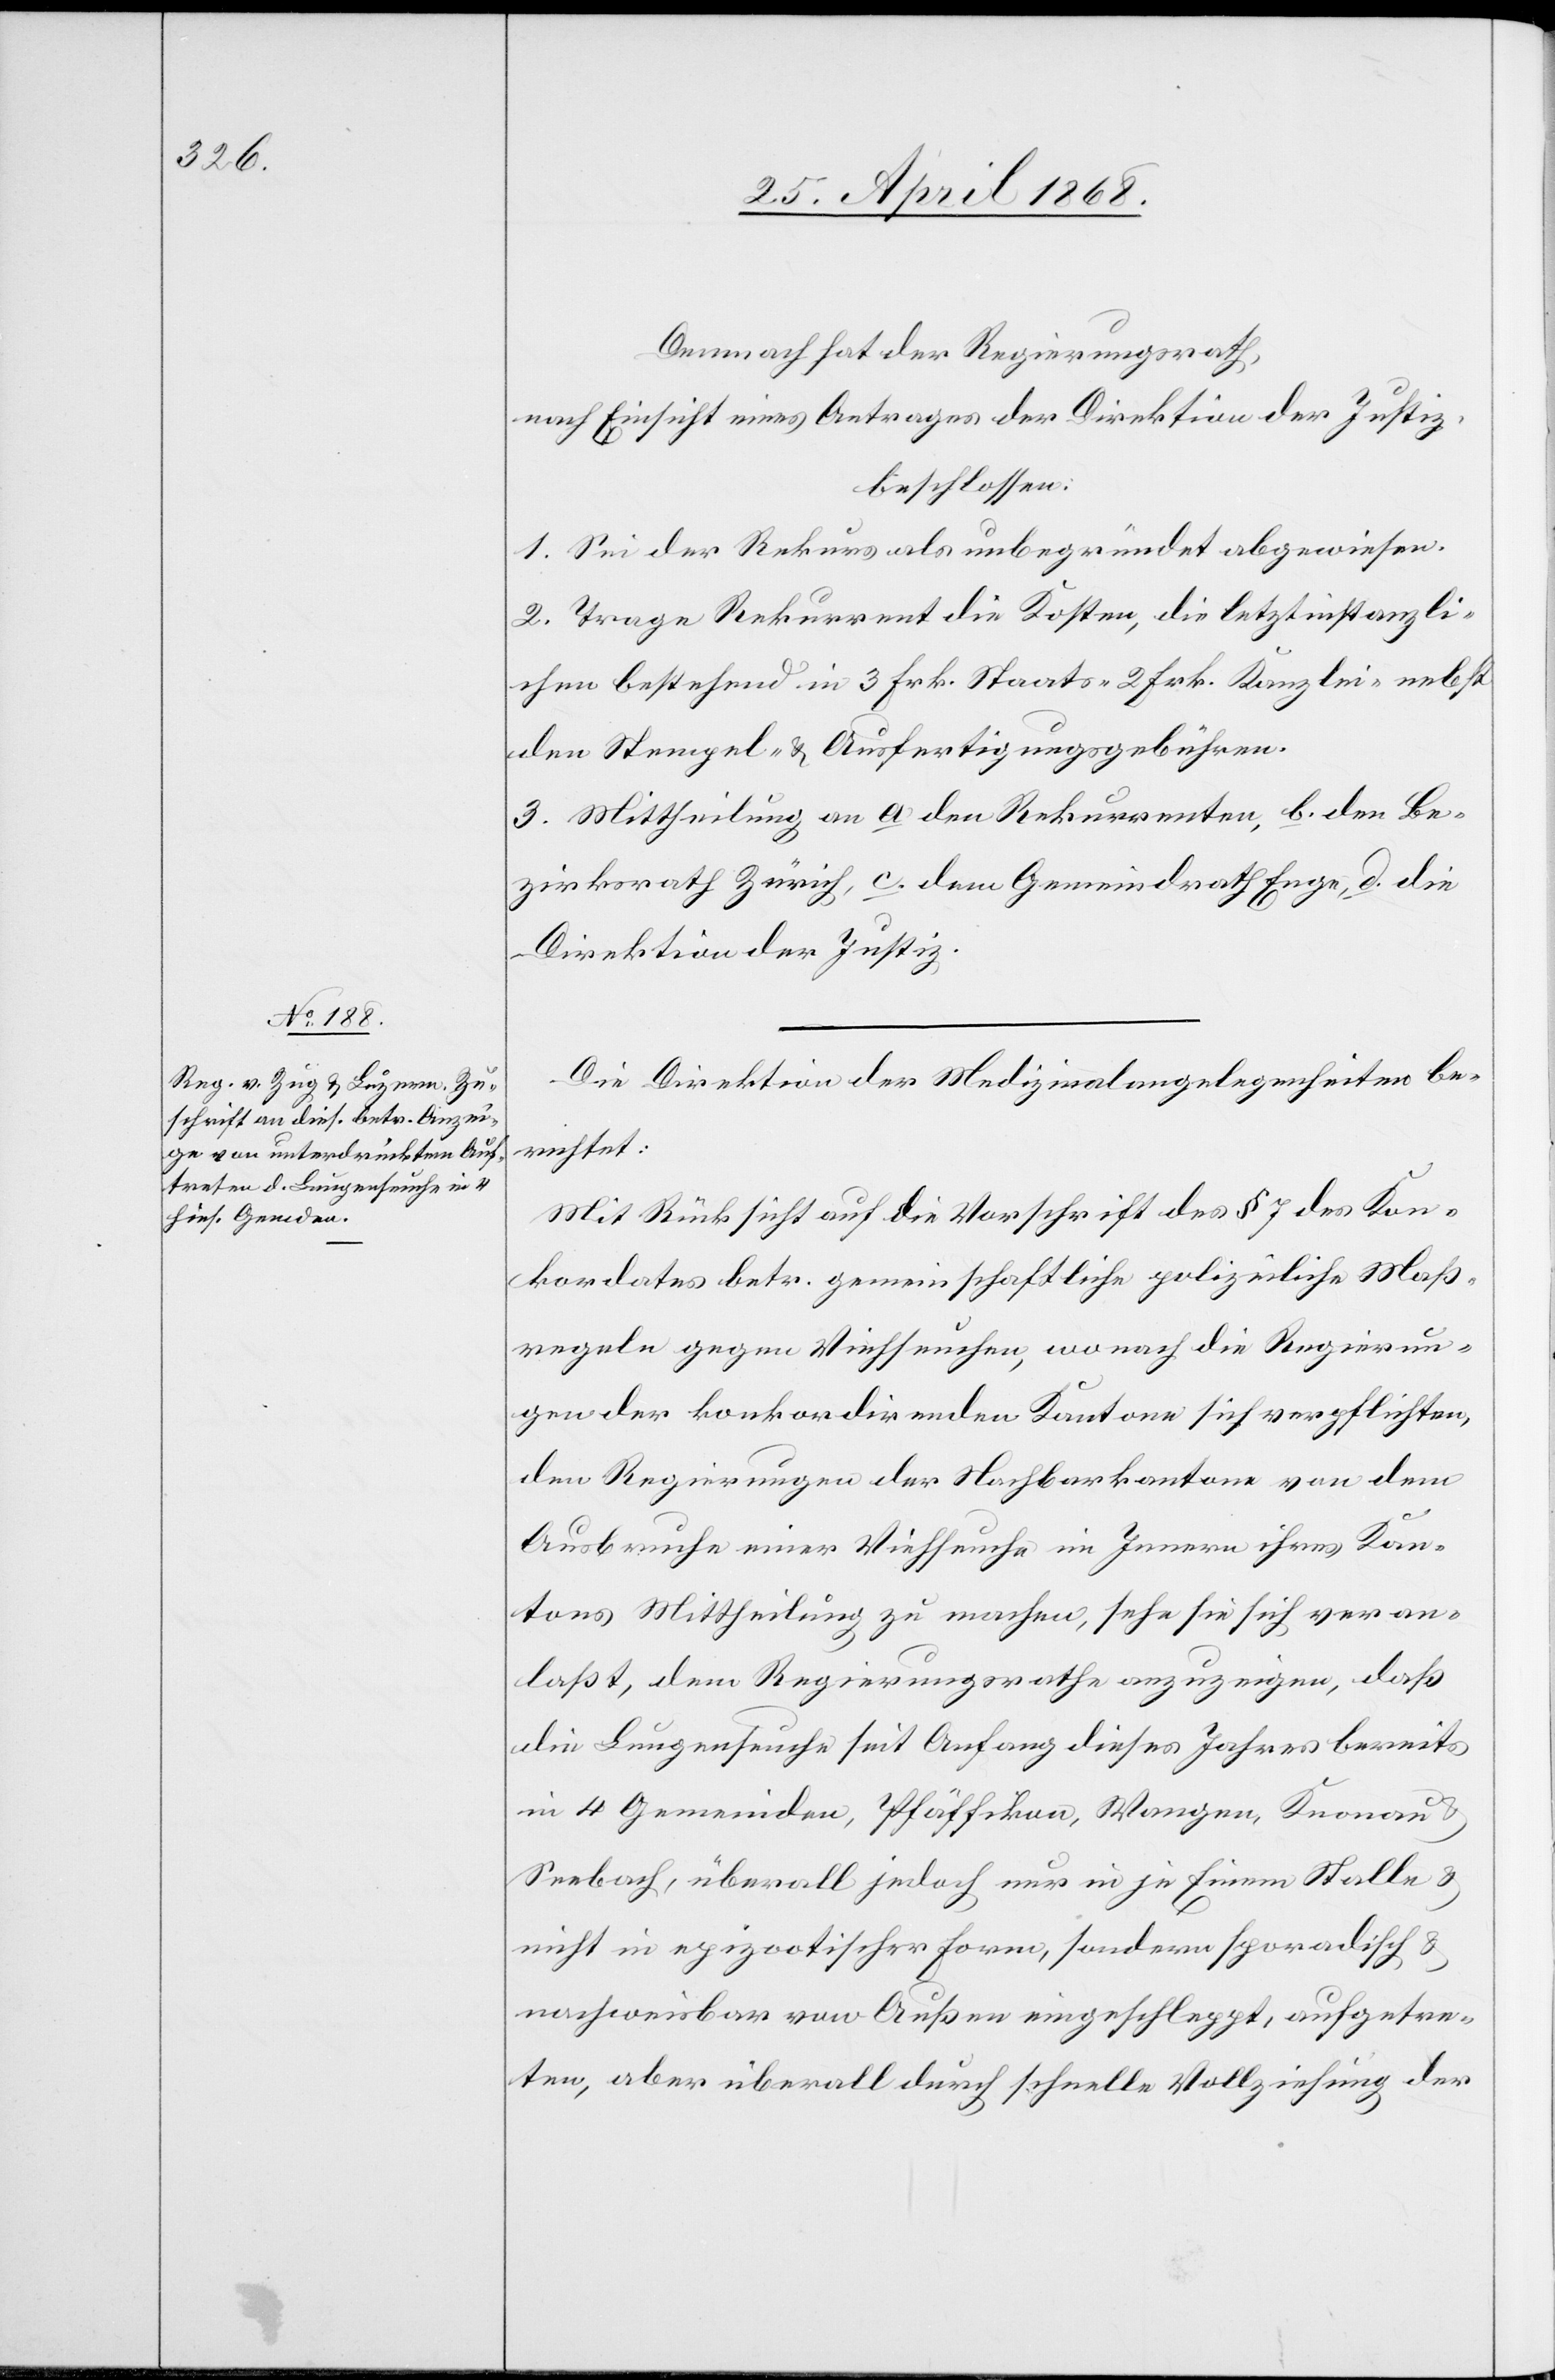
Demnach hat der Regierungsrath,
nach Einsicht eines Antrages der Direktion der Justiz,
beschlossen:
1. Sei der Rekurs als unbegründet abgewiesen.
2. Trage Rekurrent die Kosten, die letztinstanzli¬
chen bestehend in 3 Frk. Staats-[,] 2 Frk. Kanzlei-[,] nebst
den Stempel- & Ausfertigungsgebühren.
3. Mittheilung an a den Rekurrenten, b. den Be¬
zirksrath Zürich, c. dem [sic!] Gemeindrath Enge, d. die
Direktion der Justiz.
Die Direktion der Medizinalangelegenheiten be¬
richtet:
Mit Rücksicht auf die Vorschrift des § 7 des Kon¬
kordates betr. gemeinschaftliche polizeiliche Maß¬
regeln gegen Viehseuchen, wonach die Regierun¬
gen der konkordirenden Kantone sich verpflichten,
den Regierungen der Nachbarkantone von dem
Ausbruche einer Viehseuche im Innern ihres Kan¬
tons Mittheilung zu machen, sehe sie sich veran¬
laßt, dem Regierungsrathe anzuzeigen, daß
die Lungenseuche seit Anfang dieses Jahres bereits
in 4 Gemeinden, Pfäffikon, Wangen, Knonau
Seebach, überall jedoch nur in je Einem Stalle &
nicht in epizootischer Form, sondern sporadisch &
nachweisbar von Außen eingeschleppt, aufgetre¬
ten, aber überall durch schnelle Vollziehung der